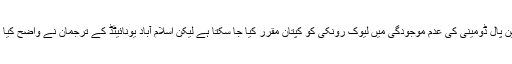
ذرائع کے مطابق اس بات کا امکان ہے کہ مصباح الحق اورجین پال ڈومینی کی عدم موجودگی میں لیوک رونکی کو کپتان مقرر کیا جا سکتا ہے لیکن اسلام آباد یونائیٹڈ کے ترجمان نے واضح کیا ہے کہ کپتان کے نام کا اعلان ڈرافٹ کے بعد ہی کیا جائے گا۔